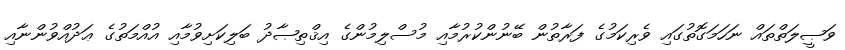
ވަޞީލަތްތައް ނަހަމަގޮތުގައި ވެރިކަމުގެ ފަރާތުން ބޭނުންކުރުމާއި މުސްލިމުންގެ އިޤްތިޞާދު ބަލިކަށިވުމާއި އުއްމަތުގެ ޢަދުއްވުންނާއި